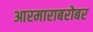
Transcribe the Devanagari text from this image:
आरमाराबरोबर